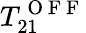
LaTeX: T_{21}^{\mathrm{~O~F~F~}}